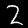
Digit: 2